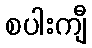
စပါးကျီ